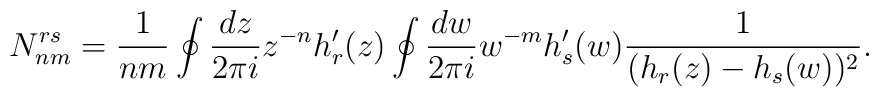
N_{nm}^{rs}=\frac{1}{nm}\oint\frac{dz}{2\pi i}z^{-n}h_r^{\prime}(z)\oint\frac{dw}{2\pi i}w^{-m}h_s^{\prime}(w)\frac{1}{(h_r(z)-h_s(w))^2}.